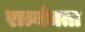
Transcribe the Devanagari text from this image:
रात्र्यंधता